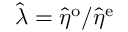
\hat { \lambda } = \hat { \eta } ^ { \mathrm { o } } / \hat { \eta } ^ { \mathrm { e } }